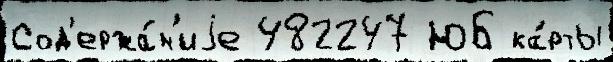
Сод'ержа́н'иjе 482247 ЮБ ка́рты